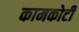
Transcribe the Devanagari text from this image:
कामकोटी